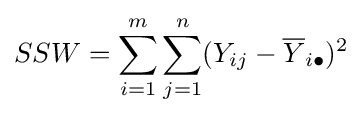
SSW=\sum _{i=1}^{m}\sum _{j=1}^{n}(Y_{ij}-{\overline {Y}}_{i\bullet })^{2}